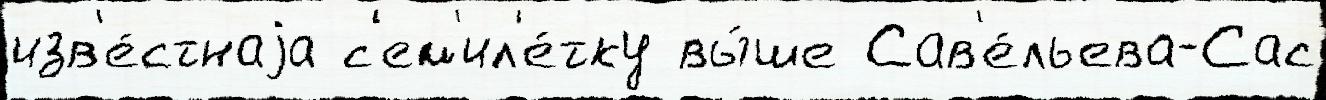
изв'е́стнаjа с'ем'ил'е́тку вы́ше Сав'е́льева-Сас